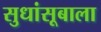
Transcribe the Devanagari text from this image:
सुधांसूबाला